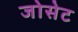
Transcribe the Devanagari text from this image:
जोसेट